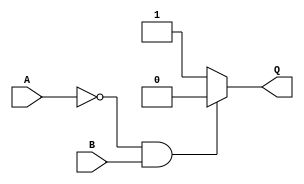
module circuit_1_if_2 (
  input A, B,
  output reg Q
);
  always @ (*) begin
    if((A==0)&&(B==1)) Q = 0;
    else Q = 1;
  end
endmodule